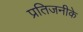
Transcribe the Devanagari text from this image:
प्रतिजनीके